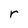
Character: r